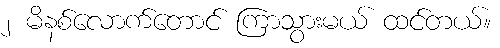
၂ မိနစ်လောက်တောင် ကြာသွားမယ် ထင်တယ်။